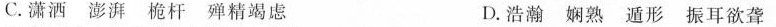
C.潇洒 澎湃 桅杆 殚精竭虑 D.浩瀚 娴熟 遁形 振耳欲聋